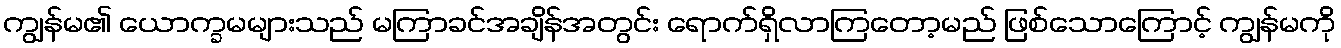
ကျွန်မ၏ ယောက္ခမများသည် မကြာခင်အချိန်အတွင်း ရောက်ရှိလာကြတော့မည် ဖြစ်သောကြောင့် ကျွန်မကို